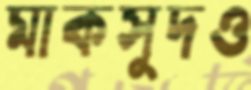
মাকসুদও